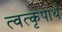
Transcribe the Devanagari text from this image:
त्वत्कृपार्थं